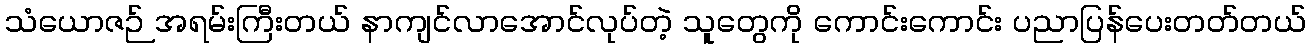
သံယောဇဉ် အရမ်းကြီးတယ် နာကျင်လာအောင်လုပ်တဲ့ သူတွေကို ကောင်းကောင်း ပညာပြန်ပေးတတ်တယ်